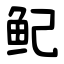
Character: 鱾